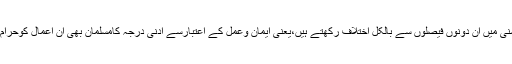
امت مسلمہ کے تمام مکاتب فکرکے لوگ قرآن وحدیث کی روشنی میں ان دونوں فیصلوں سے بالکل اختلاف رکھتے ہیں،یعنی ایمان وعمل کے اعتبارسے ادنی درجہ کامسلمان بھی ان اعمال کوحرام سمجھنے کے ساتھ ساتھ انسانیت کے بھی خلاف سمجھتے ہیں۔